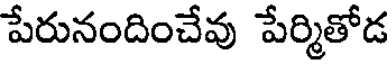
పేరునందించేవు పేర్మితోడ